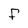
Character: F